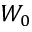
W _ { 0 }